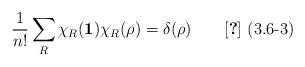
LaTeX: \begin{align*}\frac{1}{n !} \sum_R \chi_R ( \mbox{{\bf 1}} ) \chi_R ( \rho ) =\delta ( \rho ) \qquad \mbox{\cite{Tung} (3.6-3)}\end{align*}